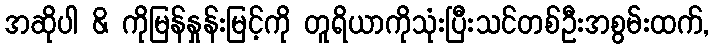
အဆိုပါ & ကိုမြန်နှုန်းမြင့်ကို တူရိယာကိုသုံးပြီးသင်တစ်ဦးအစွမ်းထက်,